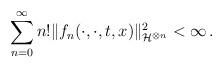
LaTeX: \begin{align*}\sum_{n=0}^{\infty}n!\|f_n(\cdot,\cdot,t,x)\|^2_{\mathcal{H}^{\otimes n}}< \infty\,.\end{align*}